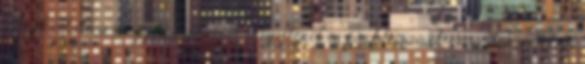
"Tájékoztató a magyar hadiipar helyzetéről és problémáiról" című dokumentum